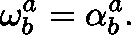
\mathbf { \omega } _ { b } ^ { a } = \mathbf { \alpha } _ { b } ^ { a } .